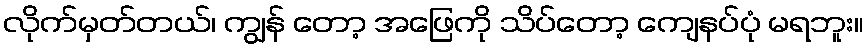
လိုက်မှတ်တယ်၊ ကျွန် တော့ အဖြေကို သိပ်တော့ ကျေနပ်ပုံ မရဘူး။